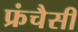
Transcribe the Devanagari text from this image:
फ्रंचैसी